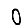
Digit: 0